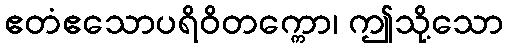
ဧတံဧသောပရိဝိတက္ကော၊ ဤသို့သော